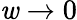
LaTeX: \mathit{w}\to0